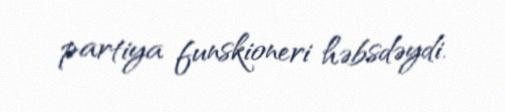
partiya funskioneri həbsdəydi.